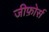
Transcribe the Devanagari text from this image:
जीफ़ोर्स